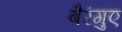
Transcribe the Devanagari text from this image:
बैरंगुए